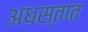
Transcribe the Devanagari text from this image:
अधस्तात